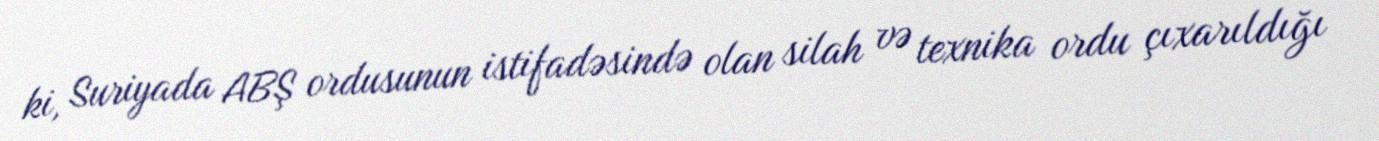
ki, Suriyada ABŞ ordusunun istifadəsində olan silah və texnika ordu çıxarıldığı